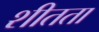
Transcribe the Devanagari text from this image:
शीतता